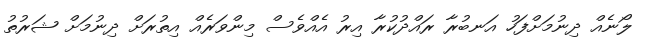
ލޯނެއް ދިނުމަށްފަހު އަނބުރާ ރައްދުކުރާ އިރު އެއްވެސް މިންވަރެއް އިތުރަށް ދިނުމަށް ޝަރުތު